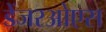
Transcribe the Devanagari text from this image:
डेंजरओएस